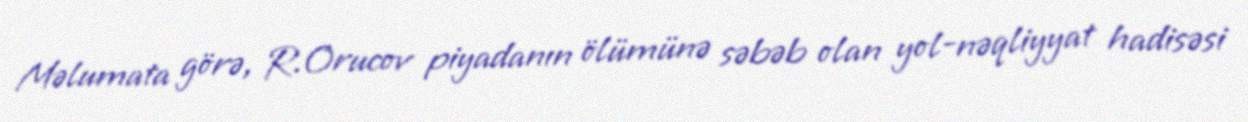
Məlumata görə, R.Orucov piyadanın ölümünə səbəb olan yol-nəqliyyat hadisəsi